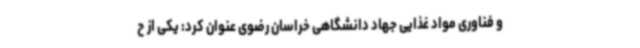
و فناوری مواد غذایی جهاد دانشگاهی خراسان رضوی عنوان کرد: یکی از ح